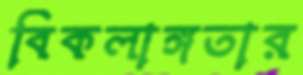
বিকলাঙ্গতার